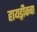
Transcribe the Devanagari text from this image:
हायड्रीकचा